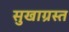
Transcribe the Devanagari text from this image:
सुखाग्रस्‍त